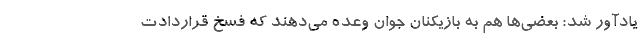
یادآور شد: بعضی‌ها هم به بازیکنان جوان وعده می‌دهند که فسخ قراردادت